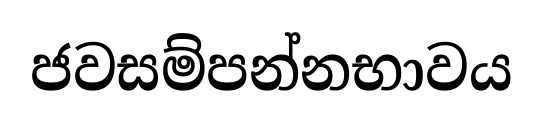
ජවසම්පන්නභාවය